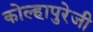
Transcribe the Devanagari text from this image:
कोल्हापुरेजी